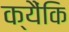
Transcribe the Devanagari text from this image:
क्यैंकि